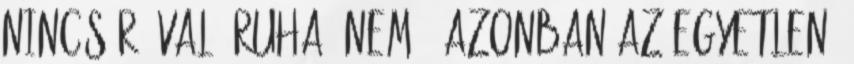
nincs rá való ruha. Nem ő azonban az egyetlen,